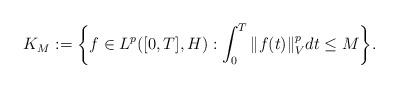
LaTeX: \begin{align*}K_M := \bigg\{ f\in L^p([0,T],H) : \int_0^T \Vert f(t) \Vert_V^p dt \leq M \bigg\}.\end{align*}